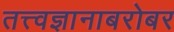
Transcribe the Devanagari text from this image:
तत्त्वज्ञानाबरोबर